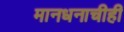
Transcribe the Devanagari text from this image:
मानधनाचीही